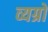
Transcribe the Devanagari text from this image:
व्यग्रो